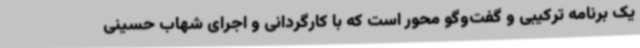
یک برنامه ترکیبی و گفت‌وگو محور است که با کارگردانی و اجرای شهاب حسینی